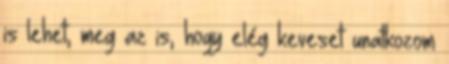
is lehet, meg az is, hogy elég keveset unatkozom